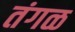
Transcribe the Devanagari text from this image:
तंगळ